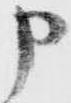
申